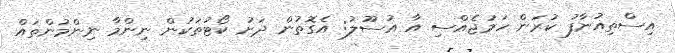
އިސްތިއުނާފު ކުރަން ހަމަޖެއްސި އާ އުސޫލު: އެގޮތުން ދަށު ކޯޓުތަކުން ނިންމާ ނިންމުންތައް